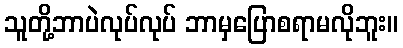
သူတို့ဘာပဲလုပ်လုပ် ဘာမှပြောစရာမလိုဘူး။